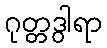
ဂုတ္တဒွါရာ